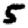
Digit: 5